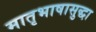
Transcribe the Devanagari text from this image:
मातृभाषासुद्धा